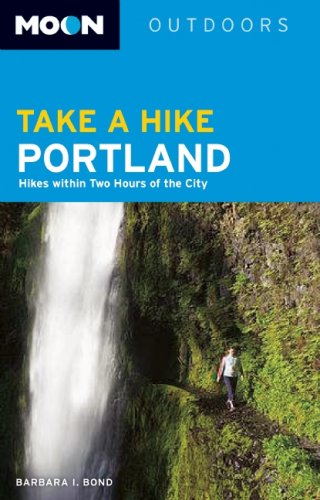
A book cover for Moon Take a Hike Portland: Hikes within Two Hours of the City (Moon Outdoors); Barbara I. Bond; Travel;